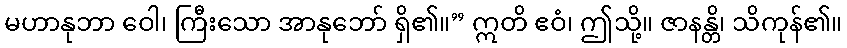
မဟာနုဘာ ဝေါ၊ ကြီးသော အာနုဘော် ရှိ၏။” ဣတိ ဧဝံ၊ ဤသို့။ ဇာနန္တိ၊ သိကုန်၏။